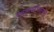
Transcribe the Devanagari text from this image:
फलनानंतर